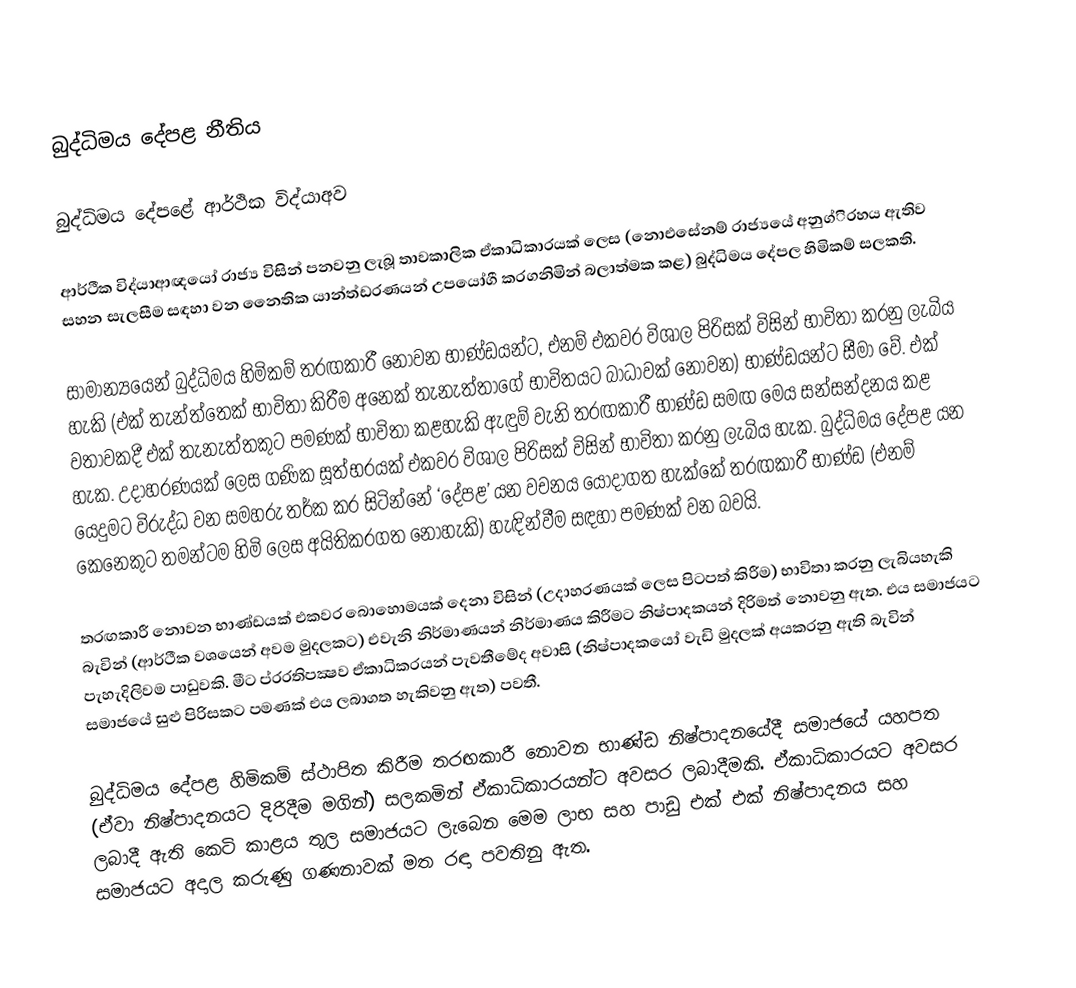
බුද්ධිමය දේපළ නීතිය

බුද්ධිමය දේපළේ ආර්ථික විද්යාඅව

ආර්ථීක විද්යාආඥයෝ රාජ්‍ය විසින් පනවනු ලැබූ තාවකාලික ඒකාධිකාරයක් ලෙස (නොඑසේනම් රාජ්‍යයේ අනුග්ි‍රහය ඇතිව සහන සැලසීම සඳහා වන නෛතික යාන්ත්ඩ‍රණයන් උපයෝගී කරගනිමින් බලාත්මක කළ) බුද්ධිමය දේපල හිමිකම් සලකති.

සාමාන්‍යයෙන් බුද්ධිමය හිමිකම් තරඟකාරී නොවන භාණ්ඩයන්ට, එනම් එකවර විශාල පිරිසක් විසින් භාවිතා කරනු ලැබිය හැකි (එක් තැන්ත්තෙක් භාවිතා කිරීම අනෙක් තැනැත්තාගේ භාවිතයට බාධාවක් නොවන) භාණ්ඩයන්ට සීමා වේ. එක් වතාවකදී එක් තැනැත්තකුට පමණක් භාවිතා කළහැකි ඇඳුම් වැනි තරඟකාරී භාණ්ඩ සමඟ මෙය සන්සන්දනය කළ හැක. උදාහරණයක් ලෙස ගණික සූත්භ‍රයක් එකවර විශාල පිරිසක් විසින් භාවිතා කරනු ලැබිය හැක. බුද්ධිමය දේපළ යන යෙදුමට විරුද්ධ වන සමහරු තර්ක කර සිටින්නේ ‘දේපළ’ යන වචනය යොදාගත හැක්කේ තරඟකාරී භාණ්ඩ (එනම් කෙනෙකුට තමන්ටම හිමි ලෙස අයිතිකරගත නොහැකි) හැඳින්වීම සඳහා පමණක් වන බවයි.

තරඟකාරී නොවන භාණ්ඩයක් එකවර බොහොමයක් දෙනා විසින් (උදාහරණයක් ලෙස පිටපත් කිරීම) භාවිතා කරනු ලැබියහැකි බැවින් (ආර්ථීක වශයෙන් අවම මුදලකට) එවැනි නිර්මාණයන් නිර්මාණය කිරීමට නිෂ්පාදකයන් දිරිමත් නොවනු ඇත. එය සමාජයට පැහැදිලිවම පාඩුවකි. මීට ප්ර‍රතිපක්‍ෂව ඒකාධිකරයන් පැවතීමේද අවාසි (නිෂ්පාදකයෝ වැඩි මුදලක් අයකරනු ඇති බැවින් සමාජයේ සුළු පිරිසකට පමණක් එය ලබාගත හැකිවනු ඇත) පවතී.

බුද්ධිමය දේපළ හිමිකම් ස්ථාපිත කිරීම තරඟකාරී නොවන භාණ්ඩ නිෂ්පාදනයේදී සමාජයේ යහපත (ඒවා නිෂ්පාදනයට දිරිදීම මගින්) සලකමින් ඒකාධිකාරයන්ට අවසර ලබාදීමකි. ඒකාධිකාරයට අවසර ලබාදී ඇති කෙටි කාළය තුල සමාජයට ලැබෙන මෙම ලාභ සහ පාඩු එක් එක් නිෂ්පාදනය සහ සමාජයට අදාල කරුණු ගණනාවක් මත ර‍ඳා පවතිනු ඇත.